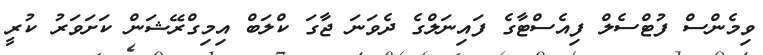
ވިމެންސް ފުޓްސެލް ފިއެސްޓާގެ ފައިނަލްގެ ދެވަނަ ޖާގަ ކްލަބް އިމިގްރޭޝަން ކަށަވަރު ކުރީ